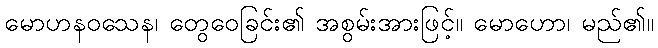
မောဟနဝသေန၊ တွေဝေခြင်း၏ အစွမ်းအားဖြင့်။ မောဟော၊ မည်၏။